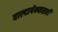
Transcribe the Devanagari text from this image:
वाल्दापेन्यासची